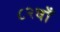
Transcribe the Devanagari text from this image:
८२वाँ